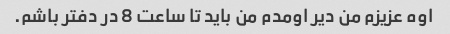
اوه عزیزم من دیر اومدم من باید تا ساعت 8 در دفتر باشم.